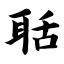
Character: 聒